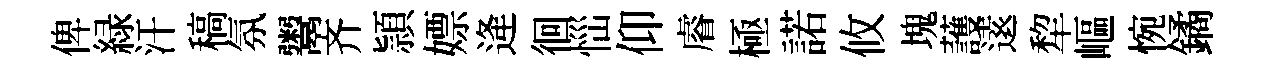
俾緑汗稿氛鬻齐頴嫖逄徊𢙉仰𥈠極諾攸塊䕶逺犂嶇惋鐍